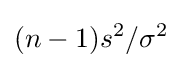
(n-1)s^{2}/\sigma ^{2}